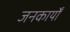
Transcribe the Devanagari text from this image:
जनकार्यों